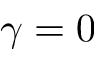
\gamma = 0